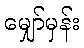
မျှော်မှန်း